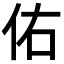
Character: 佑